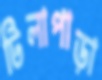
টিলাপাড়া